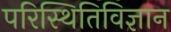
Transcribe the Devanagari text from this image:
परिस्थितिविज्ञान